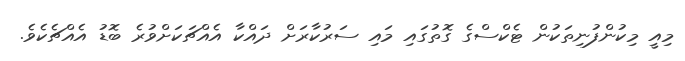
މިއީ މިކުންފުނިތަކުން ޓެކްސްގެ ގޮތުގައި މައި ސަރުކާރަށް ދައްކާ އެއްޗަކަށްވުރެ ބޮޑު އެއްޗެކެވެ.